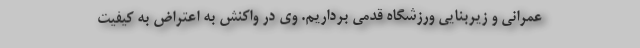
عمرانی و زیربنایی ورزشگاه قدمی برداریم. وی در واکنش به اعتراض به کیفیت